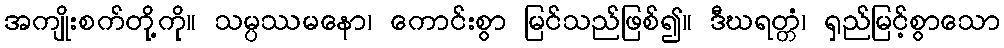
အကျိုးစက်တို့ကို။ သမ္ပဿမနော၊ ကောင်းစွာ မြင်သည်ဖြစ်၍။ ဒီဃရတ္တံ၊ ရှည်မြင့်စွာသော